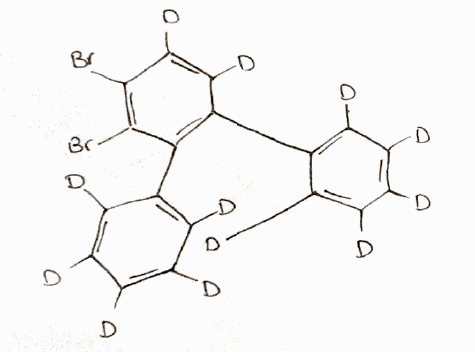
Simplified molecular-input line-entry system (SMILES) notation of the given molecule:
[2H]C1=C(C(=C(C(=C1[2H])[2H])C2=C(C(=C(C(=C2[2H])[2H])Br)Br)C3=C(C(=C(C(=C3[2H])[2H])[2H])[2H])[2H])[2H])[2H]